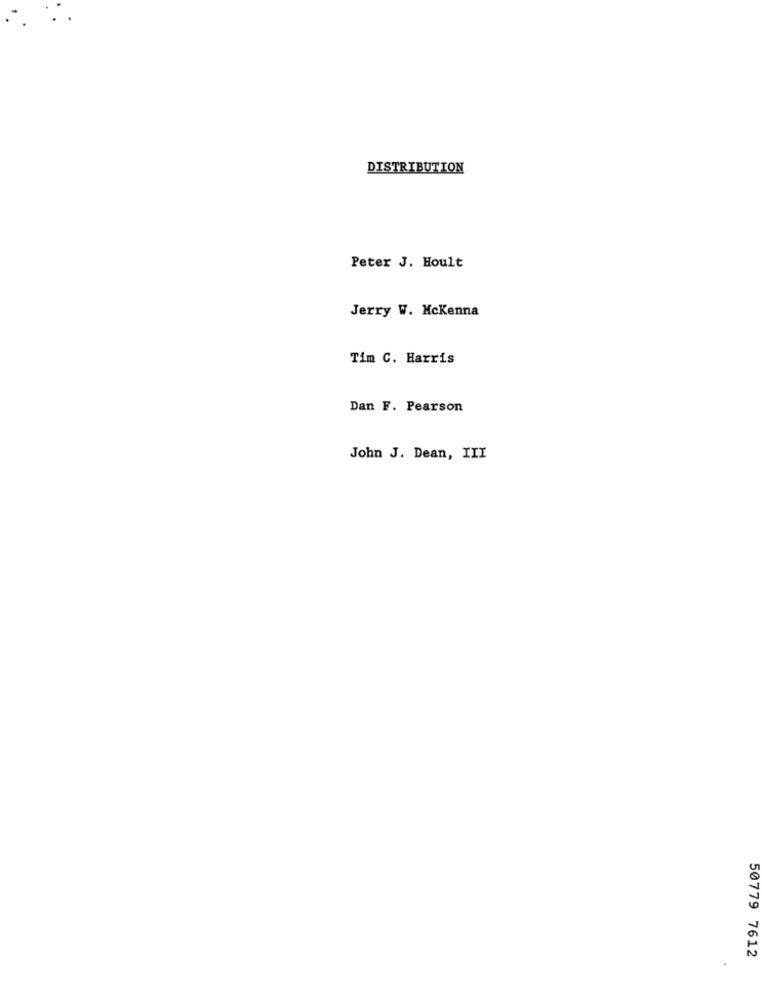
DISTRIBUTION
Peter J. Hoult
Jerry W. McKenna
Tim C. Harris
Dan F. Pearson
John J. Dean, III
50779 7612